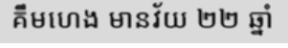
គឹមហេង មានវ័យ ២២ ឆ្នាំ